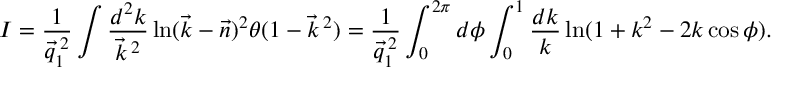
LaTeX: I = \frac { 1 } { \vec { q } _ { 1 } ^ { \: 2 } } \int \frac { d ^ { 2 } k } { \vec { k } ^ { \: 2 } } \ln ( \vec { k } - \vec { n } ) ^ { 2 } \theta ( 1 - \vec { k } ^ { \: 2 } ) = \frac { 1 } { \vec { q } _ { 1 } ^ { \: 2 } } \int _ { 0 } ^ { 2 \pi } d \phi \int _ { 0 } ^ { 1 } \frac { d k } { k } \ln ( 1 + k ^ { 2 } - 2 k \cos \phi ) .